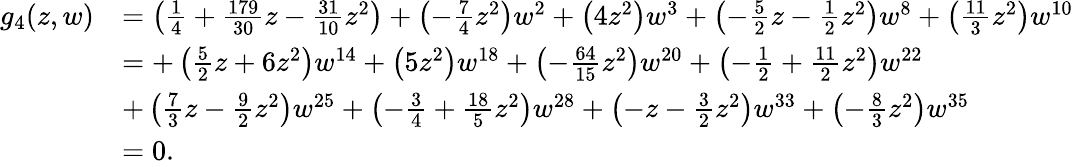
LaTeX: \begin{array}{rl}{g_{4}(z,w)}&{=\left(\frac{1}{4}+\frac{179}{30}z-\frac{31}{10}z^{2}\right)+\left(-\frac{7}{4}z^{2}\right)w^{2}+\left(4z^{2}\right)w^{3}+\left(-\frac{5}{2}z-\frac{1}{2}z^{2}\right)w^{8}+\left(\frac{11}{3}z^{2}\right)w^{10}}\\ &{=+\left(\frac{5}{2}z+6z^{2}\right)w^{14}+\left(5z^{2}\right)w^{18}+\left(-\frac{64}{15}z^{2}\right)w^{20}+\left(-\frac{1}{2}+\frac{11}{2}z^{2}\right)w^{22}}\\ &{+\left(\frac{7}{3}z-\frac{9}{2}z^{2}\right)w^{25}+\left(-\frac{3}{4}+\frac{18}{5}z^{2}\right)w^{28}+\left(-z-\frac{3}{2}z^{2}\right)w^{33}+\left(-\frac{8}{3}z^{2}\right)w^{35}}\\ &{=0.}\end{array}